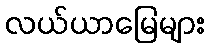
လယ်ယာမြေများ